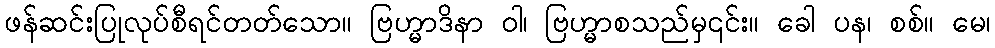
ဖန်ဆင်းပြုလုပ်စီရင်တတ်သော။ ဗြဟ္မာဒိနာ ဝါ၊ ဗြဟ္မာစသည်မှ၎င်း။ ခေါ ပန၊ စစ်။ မေ၊